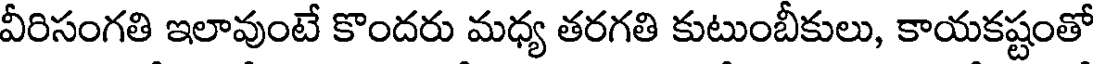
వీరిసంగతి ఇలావుంటే కొందరు మధ్య తరగతి కుటుంబీకులు, కాయకష్టంతో